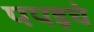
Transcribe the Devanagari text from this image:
पपइचे